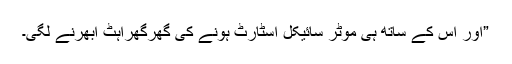
”اور اس کے ساتھ ہی موٹر سائیکل اسٹارٹ ہونے کی گھرگھراہٹ ابھرنے لگی۔